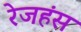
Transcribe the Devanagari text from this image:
रेजहंस